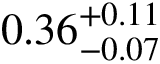
0 . 3 6 _ { - 0 . 0 7 } ^ { + 0 . 1 1 }